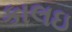
કાલઇ